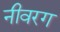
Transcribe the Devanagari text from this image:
नीवरग